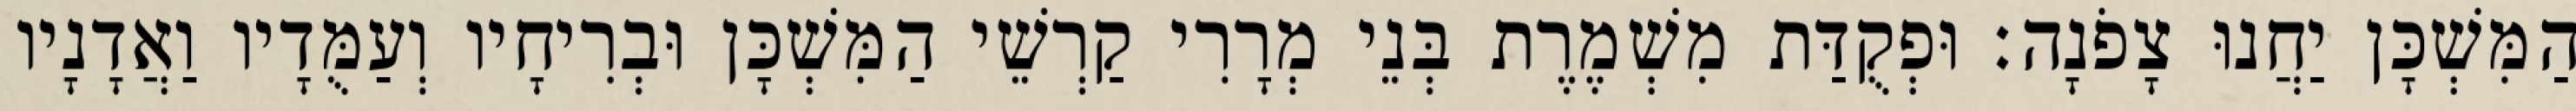
הַמִּשְׁכָּן יַחֲנוּ צָפֹנָה׃ וּפְקֻדַּת מִשְׁמֶרֶת בְּנֵי מְרָרִי קַרְשֵׁי הַמִּשְׁכָּן וּבְרִיחָיו וְעַמֻּדָיו וַאֲדָנָיו